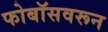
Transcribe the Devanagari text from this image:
फोबॉसवरून